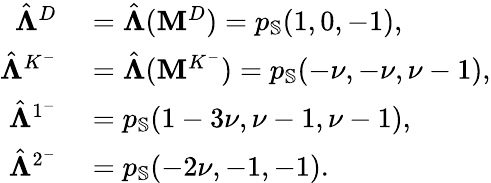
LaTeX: \begin{array}{rl}{\hat{\boldsymbol{\Lambda}}^{D}}&{{}=\hat{\boldsymbol{\Lambda}}(\mathbf{M}^{D})=p_{\mathbb{S}}(1,0,-1),}\\ {\hat{\boldsymbol{\Lambda}}^{K^{-}}}&{{}=\hat{\boldsymbol{\Lambda}}(\mathbf{M}^{K^{-}})=p_{\mathbb{S}}(-\nu,-\nu,\nu-1),}\\ {\hat{\boldsymbol{\Lambda}}^{1^{-}}}&{{}=p_{\mathbb{S}}(1-3\nu,\nu-1,\nu-1),}\\ {\hat{\boldsymbol{\Lambda}}^{2^{-}}}&{{}=p_{\mathbb{S}}(-2\nu,-1,-1).}\end{array}